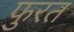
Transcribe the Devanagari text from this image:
फुरत